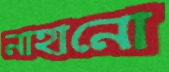
নাহানো